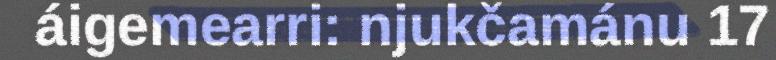
áigemearri: njukčamánu 17